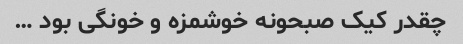
چقدر کیک صبحونه خوشمزه و خونگی بود …